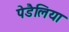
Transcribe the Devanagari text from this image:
पेडैलिया